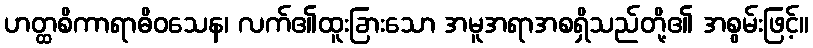
ဟတ္ထစိကာရာဓိဝသေန၊ လက်၏ထူးခြားသော အမူအရာအစရှိသည်တို့၏ အစွမ်းဖြင့်။